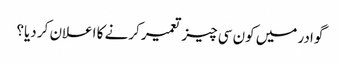
گوادر میں کون سی چیز تعمیر کرنے کا اعلان کر دیا؟